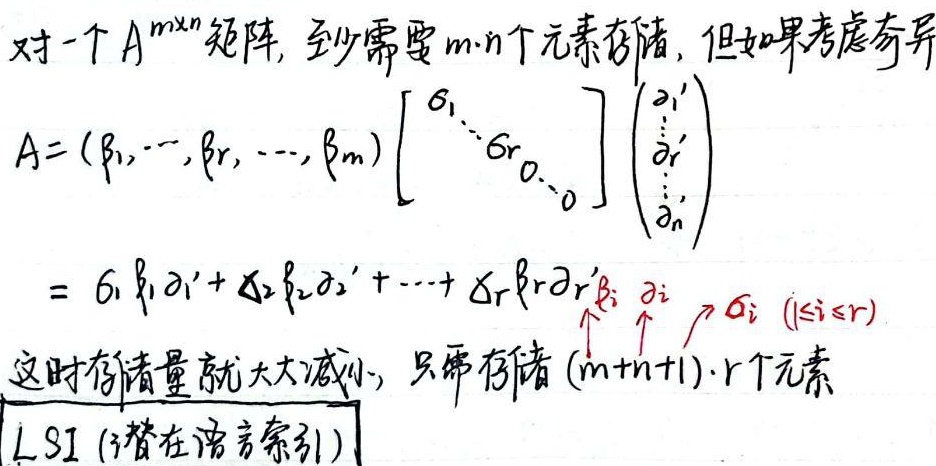
对一个 \(A_{m\times n}\) 矩阵，至少需要 \(m\cdot n\)个元素存储，但如果考虑奇异
\[
\begin{align*}
A&= (\beta_1, \cdots, \beta_r, \cdots, \beta_m)
\begin{bmatrix}
\sigma_1 & & & & \\
& \ddots & & & \\
& & \sigma_r & & \\
& & & 0 & \\
& & & & \ddots \\
& & & & & 0
\end{bmatrix}
\begin{pmatrix}
\alpha_1' \\
\vdots \\
\alpha_r' \\
\vdots \\
\alpha_n'
\end{pmatrix}\\
&= \sigma_1\beta_1\alpha_1' + \sigma_2\beta_2\alpha_2' + \cdots + \sigma_r\beta_r\alpha_r' \quad \alpha_i  \to \sigma_i \ (1\leq i\leq r)
\end{align*}
\]
这时存储量就大大减小，只需存储 \((m + n + 1)\cdot r\)个元素。LSI (潜在语义索引)